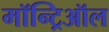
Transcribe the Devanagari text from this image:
मॉन्ट्रिऑल